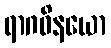
ရာဂဝိနယော